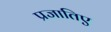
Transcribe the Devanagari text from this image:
प्रजातिए